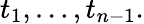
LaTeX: t_{1},\ldots,t_{n-1}.